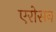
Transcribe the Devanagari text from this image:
एरोसन